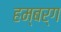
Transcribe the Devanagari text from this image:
हम्बर्ग